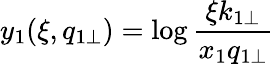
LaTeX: y_{1}(\xi,q_{1\perp})=\log\frac{\xi k_{1\perp}}{x_{1}q_{1\perp}}